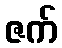
ဇက်